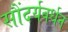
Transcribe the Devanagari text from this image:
सौंदर्यवर्धन